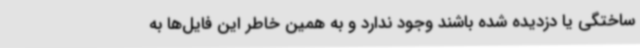
ساختگی یا دزدیده شده باشند وجود ندارد و به همین خاطر این فایل‌ها به